Annual report on the lock hospitals of the Madras Presidency
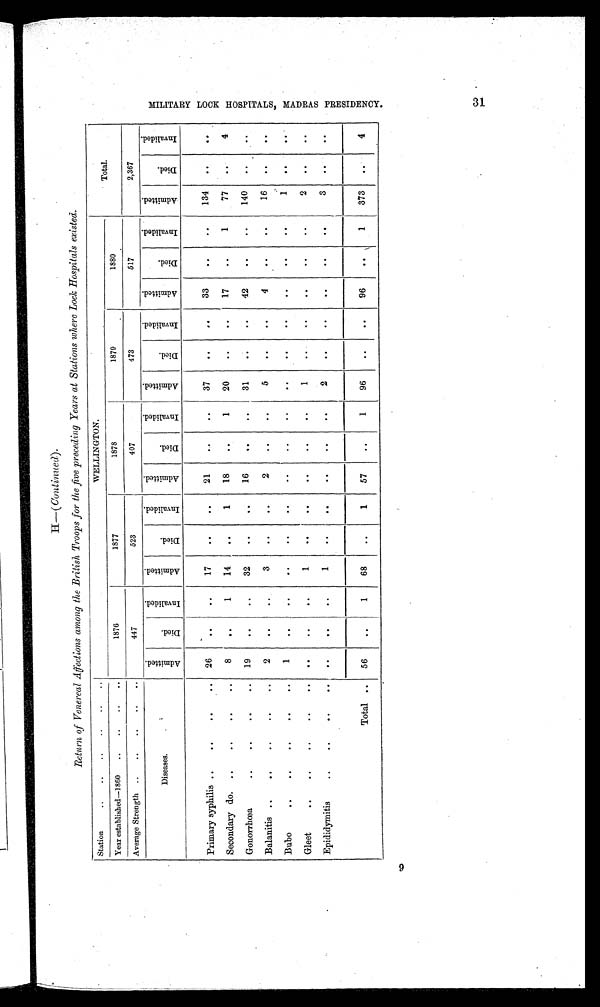
H—( Continued ).
Return of Venereal Affections among the British Troops for the five preceding Years at Stations where Lock Hospitals existed.
Station
..
. .. . .. ..
WELLINGTON.
Total.
Year established—1860
. .. . .. ..
1876
1877
1878
1879
1880.
Average Strength..
. . .. .. ..
447
523
407
473
517
2,367
Diseases.
A d m i t t e d .
D i e d .
I n v a l i d e d .
A d m i t t e d .
D i e d .
I n v a l i d e d .
A d m i t t e d .
D i e d .
I n v a l i d e d .
A d m i t t e d .
D i e d .
I n v a l i d e d .
A d m i t t e d .
D i e d .
I n v a l i d e d .
A d m i t t e d .
D i e d .
I n v a l i d e d .
Primary syphilis ..
..
..
. .
26
..
. .
17
. .
..
21
. .
. .
37
. .
. .
33
. .
. .
134
. .
. .
Secondary do. ..
. .. .. .
8
..
1
14
. .
1
18
. .
1
20
. .
. .
17
. .
1
77
. .
. .
Gonorrhœa
. .. .. .. .
19
. .
. .
32
..
. .
16
..
. .
31
. .
. .
42
. .
. .
140
. .
. .
Balanitis ..
..
. . .. . .
2
..
. .
3
. .
. .
2
. .
..
5
. .
. .
4
. .
. .
16
. .
. .
Bubo
. .. .. ... ..
1
. .
. .
. .
. .
. .
. .
. .
. .
. .
. .
. .
. .
. .
. .
1
. .
. .
Gleet
. .. .. . . .. .
. .
. .
. .
1
. .
. .
. .
..
. .
1
. .
..
..
. .
..
2
. .
. .
Epididymitis..
. .
. .
..
1
. .
. .
. .
. .
. .
2
. .
..
. .
. .
. .
3
. .
. .
Total ..
56
. .
1
68
. .
1
57
..
1
96
..
. .
96
. .
1
373
. . 4
M I L I T A R Y L O O K H O S P I T A L S , M A D R A S P R E S I D E N C Y .
31